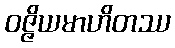
ဝဇ္ဇိယမာဟိတဿ